65_HS1-834228961_62-HQ-83894_Section_9
Agency: FBI
Page 62
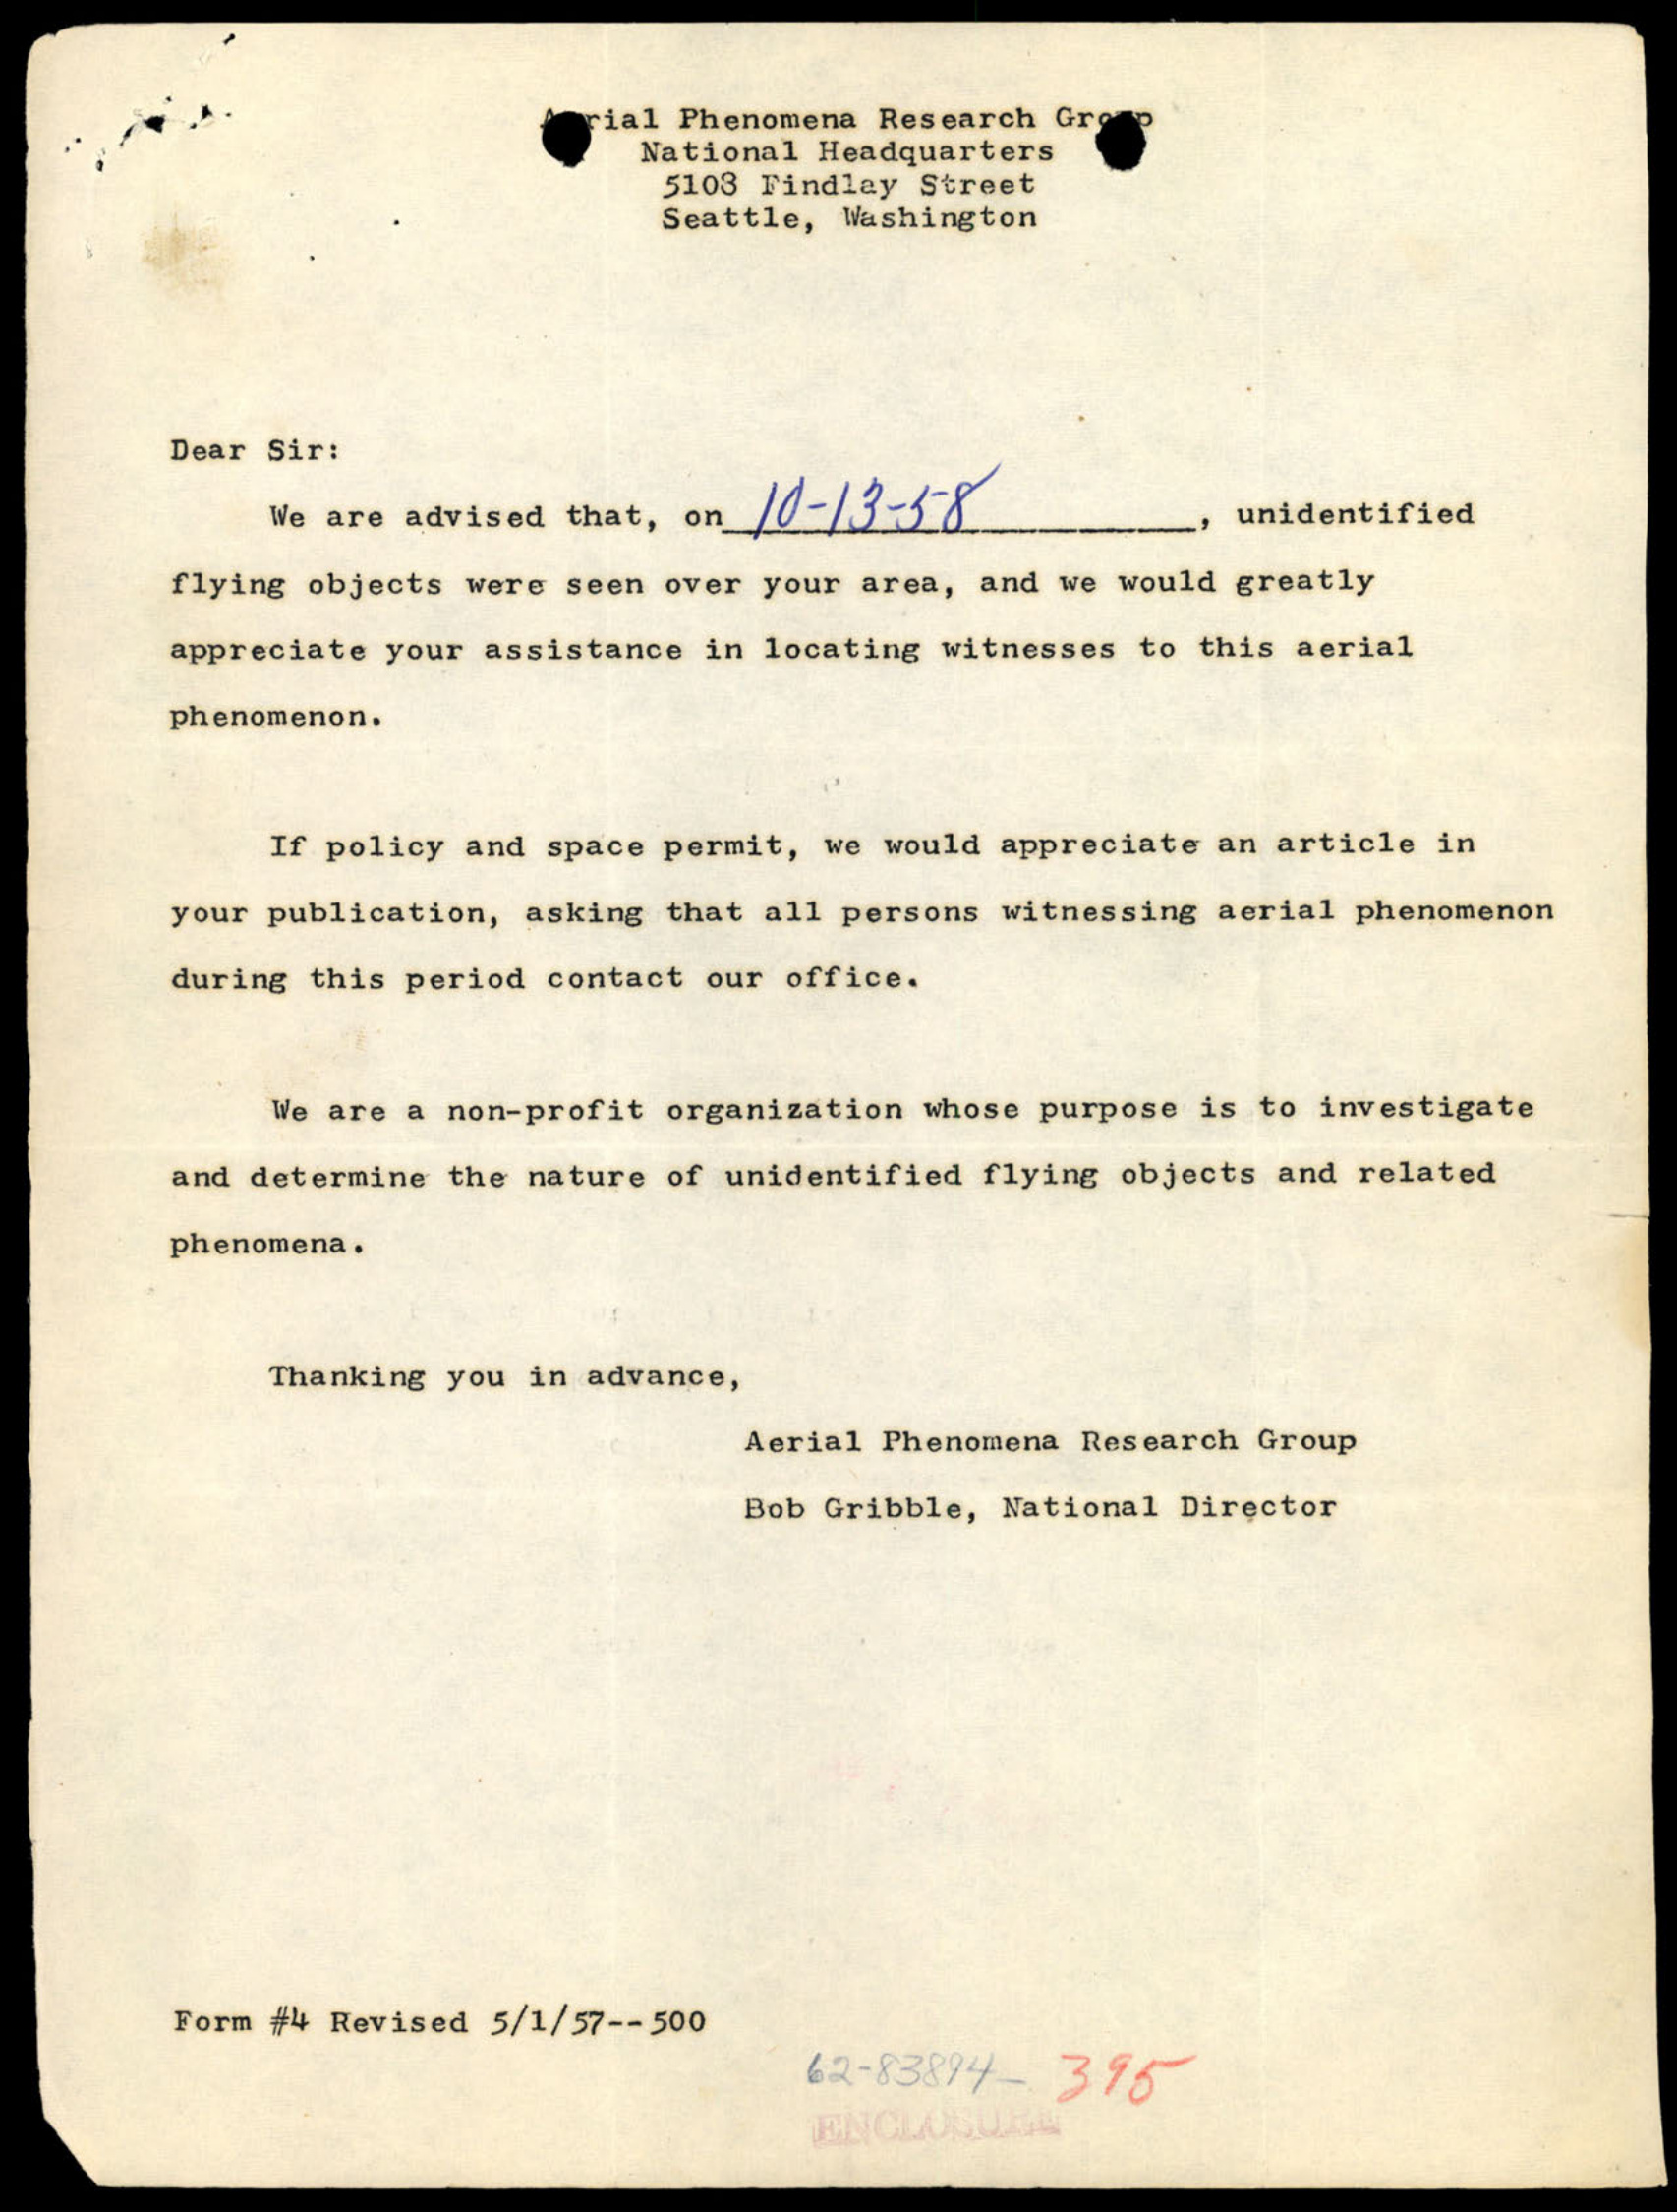